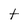
Character: t